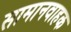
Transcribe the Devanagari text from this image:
सामानवाहक